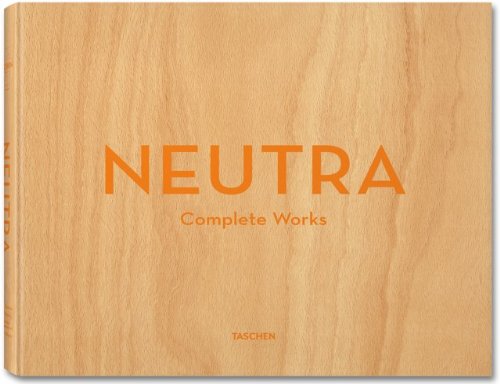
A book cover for Neutra: Complete Works; Barbara Lamprecht; Arts & Photography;